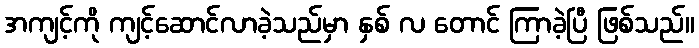
အကျင့်ကို ကျင့်ဆောင်လာခဲ့သည်မှာ နှစ် လ တောင် ကြာခဲ့ပြီ ဖြစ်သည်။